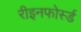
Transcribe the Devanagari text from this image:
रीइनफोर्स्ड